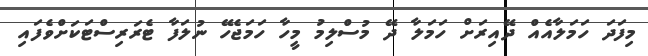
މިފަދަ ހަމަލާއެއް ދޭއިރަށް ހަމަލާ ދޭ މުސްލިމު މީހާ ހަމަޖެހޭ ނުލަފާ ޓެރަރިސްޓަކަށްވެފައި